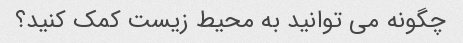
چگونه می توانید به محیط زیست کمک کنید؟